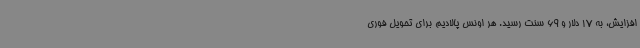
افزایش، به 17 دلار و 69 سنت رسید. هر اونس پالادیم برای تحویل فوری